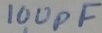
Text: 100pF